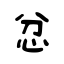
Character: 忿